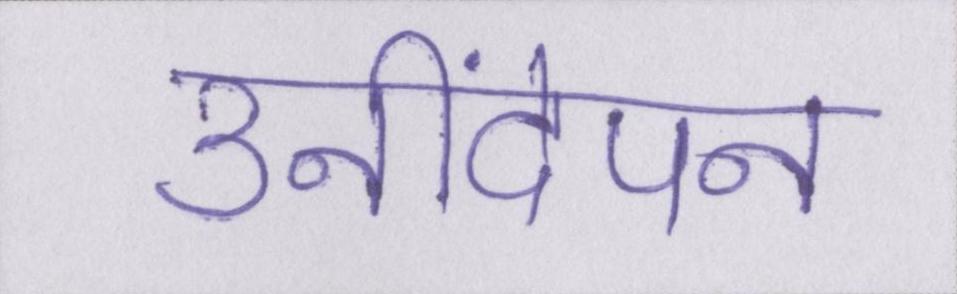
उनींदेपन